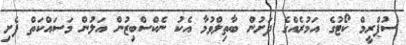
ސުޕްރީމް ކޯޓުގެ އަމުރެއްގެ ދަށުން ބާތިލްވުމާ އެކު ނެކްސްބިޒުން އަލުން މަސައްކަތް ފެށި